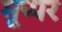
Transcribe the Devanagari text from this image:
मूप्पर